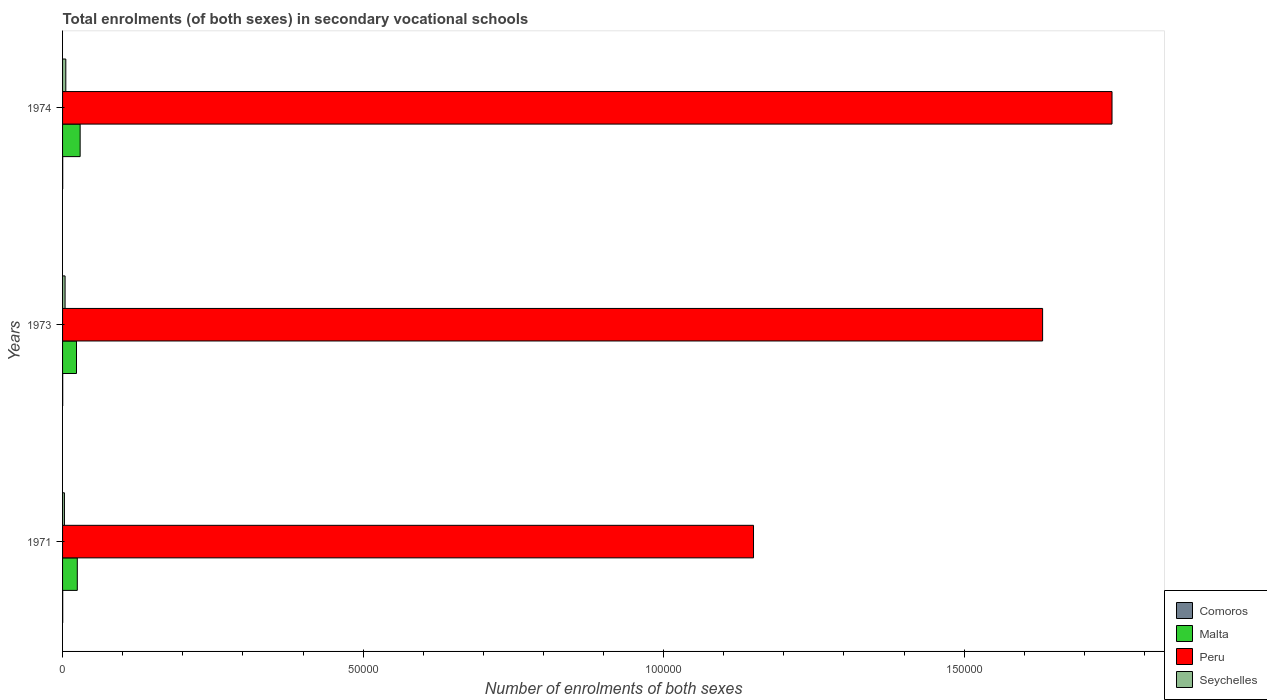
| Years | Comoros | Malta | Peru | Seychelles |
 | --- | --- | --- | --- | --- |
 | 1971 | 24 | 2.45e+03 | 1.15e+05 | 312 |
 | 1973 | 23 | 2.32e+03 | 1.63e+05 | 418 |
 | 1974 | 22 | 2.92e+03 | 1.75e+05 | 540 |